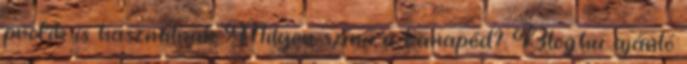
profik is használnak Milyen színű a kanapéd? Blog.hu ajánló